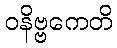
ဝနိဗ္ဗကေတိ